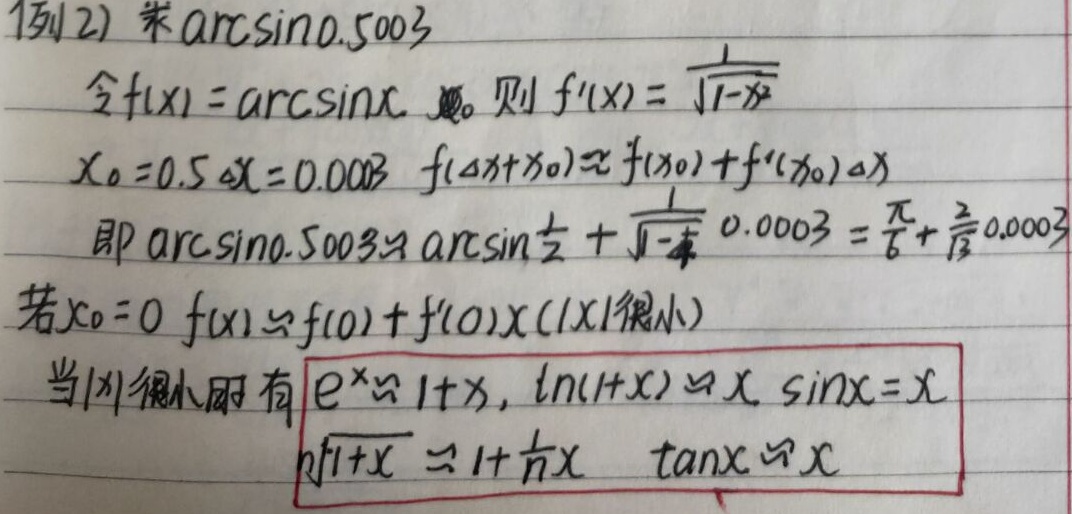
例2) 求\(\arcsin0.5003\)。
令\(f(x) = \arcsin x\)，则\(f'(x)= \frac{1}{\sqrt{1 - x^{2}}}\)。
\(x_{0} = 0.5,\Delta x = 0.0003\)，\(f(\Delta x + x_{0})\approx f(x_{0})+f'(x_{0})\Delta x\)，即
\(\arcsin0.5003\approx \arcsin\frac{1}{2}+\frac{1}{\sqrt{1 - (\frac{1}{2})^{2}}}\times0.0003=\frac{\pi}{6}+\frac{2}{\sqrt{3}}\times0.0003\)。
若\(x_{0} = 0\)，\(f(x)\approx f(0)+f'(0)x\)（\(\vert x\vert\)很小）。
当\(\vert x\vert\)很小时有：
\(e^{x}\approx 1 + x\)，
\(\ln(1 + x)\approx x\)，
\(\sin x\approx x\)，
\(\sqrt[n]{1 + x}\approx 1+\frac{1}{n}x\)，
\(\tan x\approx x\)。